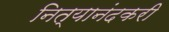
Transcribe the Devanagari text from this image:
नित्यानंदकरी